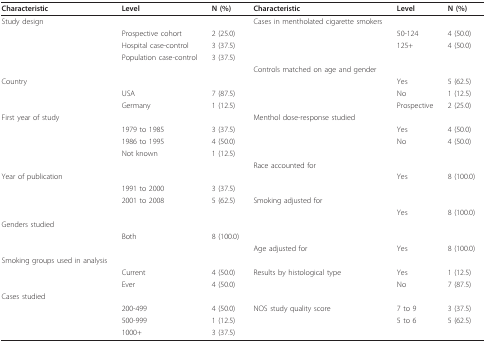
| Characteristic | Level | N (%) | Characteristic | Level | N (%) |
 | --- | --- | --- | --- | --- | --- |
 | Study design |  |  | Cases in mentholated cigarette smokers |  |  |
 |  | Prospective cohort | 2 (25.0) |  | 50-124 | 4 (50.0) |
 |  | Hospital case-control | 3 (37.5) |  | 125+ | 4 (50.0) |
 |  | Population case-control | 3 (37.5) |  |  |  |
 |  |  |  | Controls matched on age and gender |  |  |
 | Country |  |  |  | Yes | 5 (62.5) |
 |  | USA | 7 (87.5) |  | No | 1 (12.5) |
 |  | Germany | 1 (12.5) |  | Prospective | 2 (25.0) |
 | First year of study |  |  | Menthol dose-response studied |  |  |
 |  | 1979 to 1985 | 3 (37.5) |  | Yes | 4 (50.0) |
 |  | 1986 to 1995 | 4 (50.0) |  | No | 4 (50.0) |
 |  | Not known | 1 (12.5) |  |  |  |
 |  |  |  | Race accounted for |  |  |
 | Year of publication |  |  |  | Yes | 8 (100.0) |
 |  | 1991 to 2000 | 3 (37.5) |  |  |  |
 |  | 2001 to 2008 | 5 (62.5) | Smoking adjusted for |  |  |
 |  |  |  |  | Yes | 8 (100.0) |
 | Genders studied |  |  |  |  |  |
 |  | Both | 8 (100.0) |  |  |  |
 |  |  |  | Age adjusted for | Yes | 8 (100.0) |
 | Smoking groups used in analysis |  |  |  |  |  |
 |  | Current | 4 (50.0) | Results by histological type | Yes | 1 (12.5) |
 |  | Ever | 4 (50.0) |  | No | 7 (87.5) |
 | Cases studied |  |  |  |  |  |
 |  | 200-499 | 4 (50.0) | NOS study quality score | 7 to 9 | 3 (37.5) |
 |  | 500-999 | 1 (12.5) |  | 5 to 6 | 5 (62.5) |
 |  | 1000+ | 3 (37.5) |  |  |  |